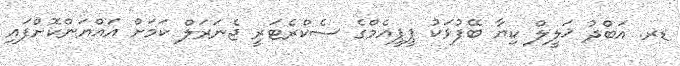
ޑރ. އަބްދު ޚަލީލް ކިޔާ ބޭފުޅަކު ޕީޕީއެމްގެ ސެކްރެޓަރީ ޖެނަރަލް ކަމަށް އައްޔަންކޮށްފައި